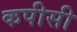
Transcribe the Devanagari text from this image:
कपीसी